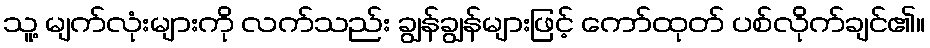
သူ့ မျက်လုံးများကို လက်သည်း ချွန်ချွန်များဖြင့် ကော်ထုတ် ပစ်လိုက်ချင်၏။